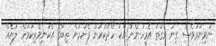
ނުވިނަމަވެސް ގިނަ ވަގުތު އެމީހުންނާ އެކު ހޭދަކުރަން ފެށުމުން ތިބާގެ އެކަނިވެރިކަމަށް ލުޔެއް